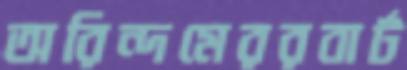
অরিন্দমেররবার্ট